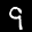
Label: 9